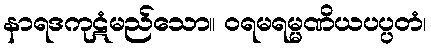
နာရဒကုဋံမည်သော။ ဝရမရမ္မဏိယပပ္ပတံ၊